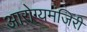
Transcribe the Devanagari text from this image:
आरोग्यमंजिरी